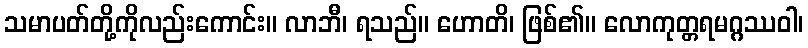
သမာပတ်တို့ကိုလည်းကောင်း။ လာဘီ၊ ရသည်။ ဟောတိ၊ ဖြစ်၏။ လောကုတ္တရမဂ္ဂဿဝါ၊